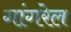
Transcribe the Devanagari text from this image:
गांगरेल